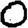
Digit: 0